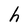
Character: h